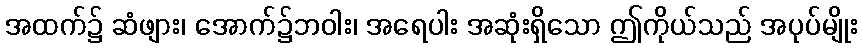
အထက်၌ ဆံဖျား၊ အောက်၌ဘဝါး၊ အရေပါး အဆုံးရှိသော ဤကိုယ်သည် အပုပ်မျိုး